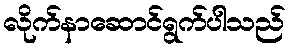
လိုက်နာဆောင်ရွက်ပါသည်